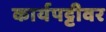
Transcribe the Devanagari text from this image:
कार्यपट्टीवर